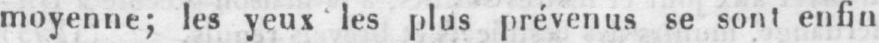
moyenne; les yeux les plus prévenus se sont enfin